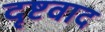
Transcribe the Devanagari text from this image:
दृष्टवाद